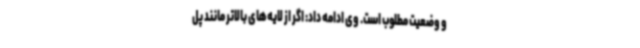
و وضعیت مطلوب است. وی ادامه‌ داد: اگر از لایه‌های بالاتر مانند پل